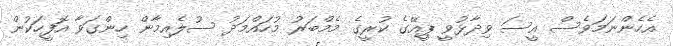
އެހެންނަމަވެސް އީސަ ވިދާޅުވީ ޕީއޭގެ ކުރީގެ މެމްބަރު މުހައްމަދު ސުލެއިމާން ހިންގަވާ އޮފީހަކުން